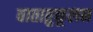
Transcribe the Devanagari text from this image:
वातातुकूलन